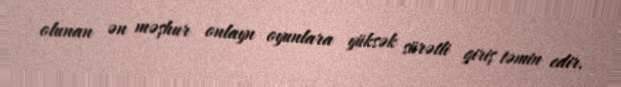
olunan ən məşhur onlayn oyunlara yüksək sürətli giriş təmin edir.